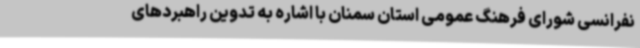
نفرانسی شورای فرهنگ عمومی استان سمنان با اشاره به تدوین راهبردهای